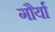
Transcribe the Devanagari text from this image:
गौर्या